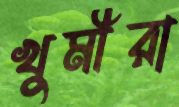
খুমীরা